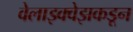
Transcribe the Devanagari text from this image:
वेलाझ्क्वेझकडून